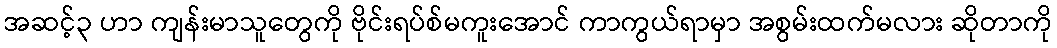
အဆင့်၃ ဟာ ကျန်းမာသူတွေကို ဗိုင်းရပ်စ်မကူးအောင် ကာကွယ်ရာမှာ အစွမ်းထက်မလား ဆိုတာကို